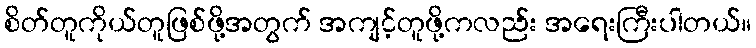
စိတ်တူကိုယ်တူဖြစ်ဖို့အတွက် အကျင့်တူဖို့ကလည်း အရေးကြီးပါတယ်။